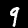
Label: 9